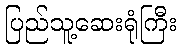
ပြည်သူ့ဆေးရုံကြီး